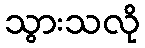
သွားသလို